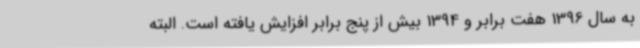
به سال 1396 هفت برابر و 1394 بیش از پنج برابر افزایش یافته است. البته